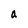
Character: a